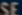
SSE